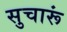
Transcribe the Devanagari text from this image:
सुचारूं